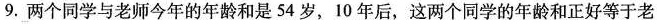
9.两个同学与老师今年的年龄和是54岁，10年后，这两个同学的年龄和正好等于老